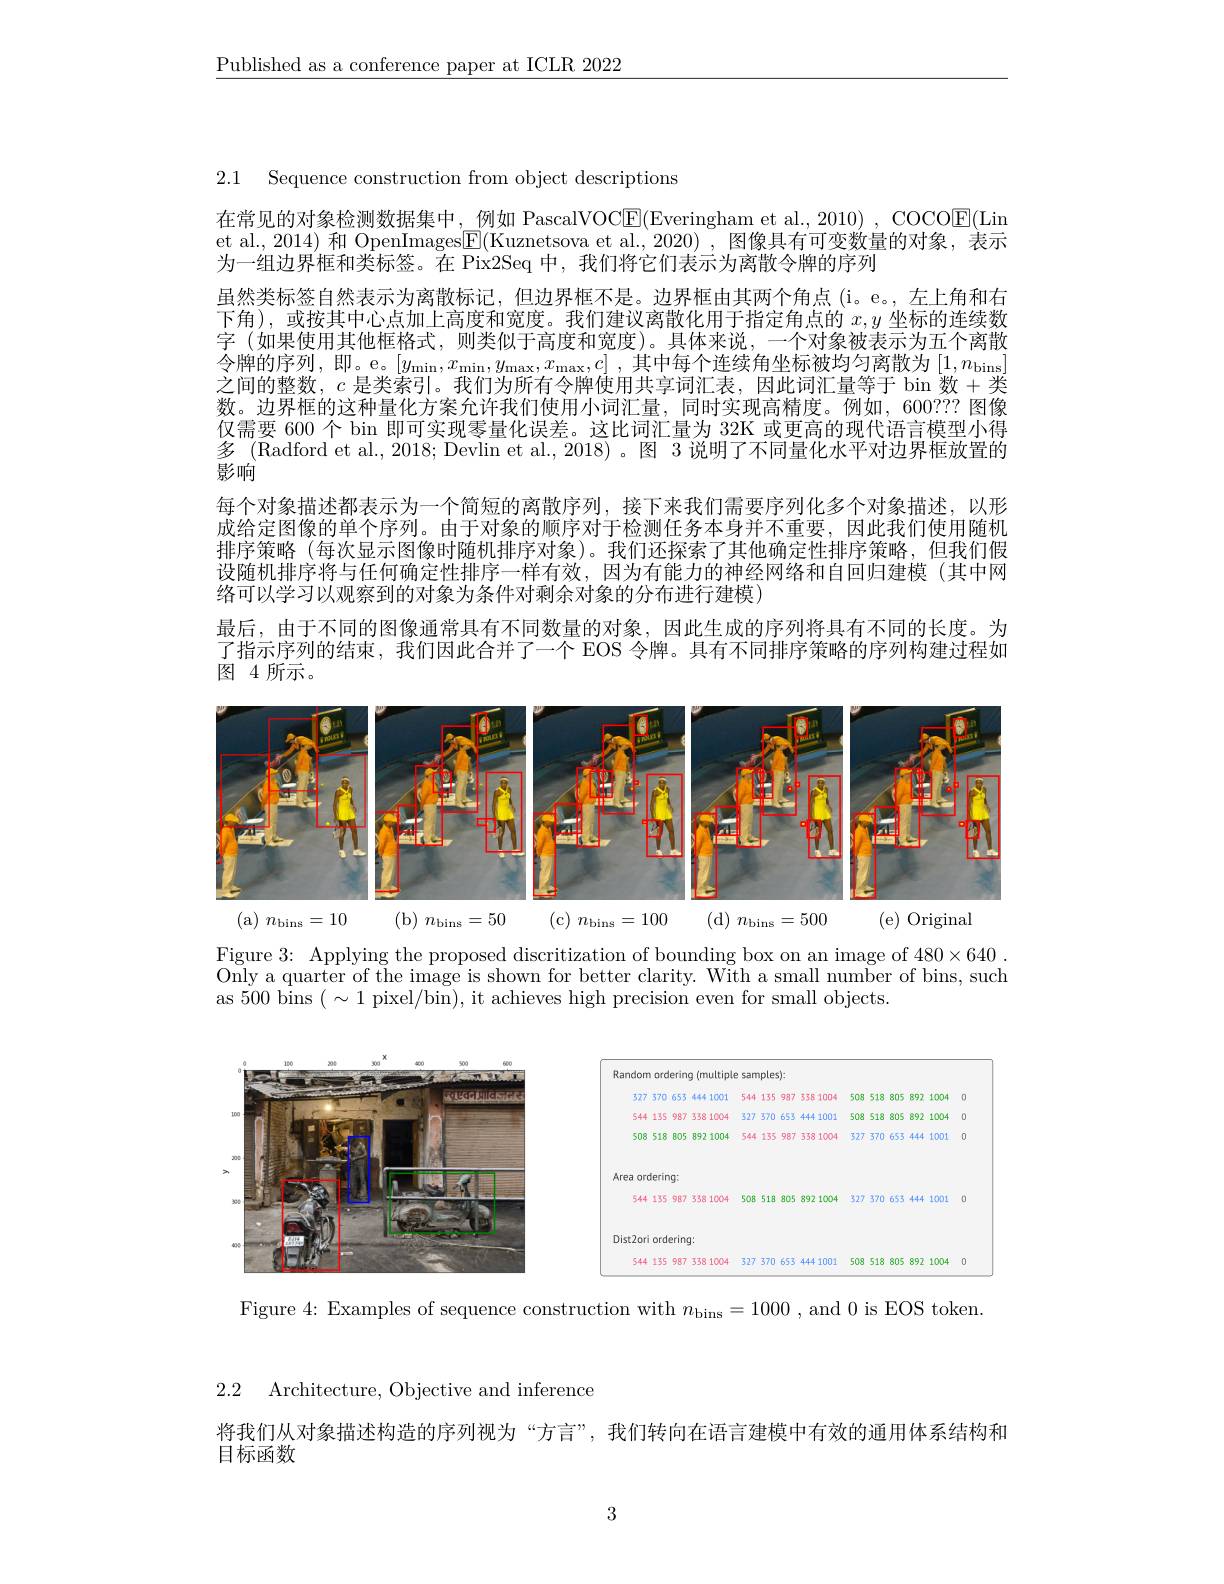
$\underline{\text{Published as a conference paper at ICLR 2022}}$

2.1 Sequence construction from object descriptions

在常见的对象检测数据集中，例如 PascalVOCE(Everingham et al., 2010) , COCOE(Lin et al., 2014) 和 OpenImages$\boxed{\mathrm{F}}($Kuznetsova et al., 2020) , 图像具有可变数量的对象，表示为一组边界框和类标签。在 Pix2Seq 中，我们将它们表示为离散令牌的序列
虽然类标签自然表示为离散标记，但边界框不是。边界框由其两个角点(i。e。,左上角和右下角),或按其中心点加上高度和宽度。我们建议离散化用于指定角点的$x,y$坐标的连续数字 (如果使用其他框格式，则类似于高度和宽度)。具体来说，一个对象被表示为五个离散令牌的序列，即。e。$[y_\min,x_\min,y_\max,x_\max,c]$ ,其中每个连续角坐标被均匀离散为$[1,n_\mathrm{bins}$ 之间的整数，$c$ 是类索引。我们为所有令牌使用共享词汇表，因此词汇量等于 bin 数 +类数。边界框的这种量化方案允许我们使用小词汇量，同时实现高精度。例如，600??? 图像仅需要 600 个 bin 即可实现零量化误差。这比词汇量为 32K 或更高的现代语言模型小得多 (Radford et al., 2018; Devlin et al., 2018)。图 3 说明了不同量化水平对边界框放置的影响
每个对象描述都表示为一个简短的离散序列，接下来我们需要序列化多个对象描述，以形成给定图像的单个序列。由于对象的顺序对于检测任务本身并不重要，因此我们使用随机排序策略(每次显示图像时随机排序对象)。我们还探索了其他确定性排序策略，但我们假设随机排序将与任何确定性排序一样有效，因为有能力的神经网络和自回归建模 (其中网络可以学习以观察到的对象为条件对剩余对象的分布进行建模)
最后，由于不同的图像通常具有不同数量的对象，因此生成的序列将具有不同的长度。为了指示序列的结束，我们因此合并了一个 EOS 令牌。具有不同排序策略的序列构建过程如$\tilde{\text{图 4 所示。}}$

<FigureHere>

Figure 3{:} Applying the proposed discritization of bounding box on an image of $480\times640$ Only a quarter of the image is shown for better clarity. With a small number of bins, such as 500 bins $(\sim1$ pixel/bin), it achieves high precision even for small objects.

<FigureHere>

Figure 4: Examples of sequence construction with $n_\mathrm{bins}=1000$, and 0 is EOS token.

2.2 Architecture, Objective and inference

将我们从对象描述构造的序列视为“方言”,我们转向在语言建模中有效的通用体系结构和
目标函数

3